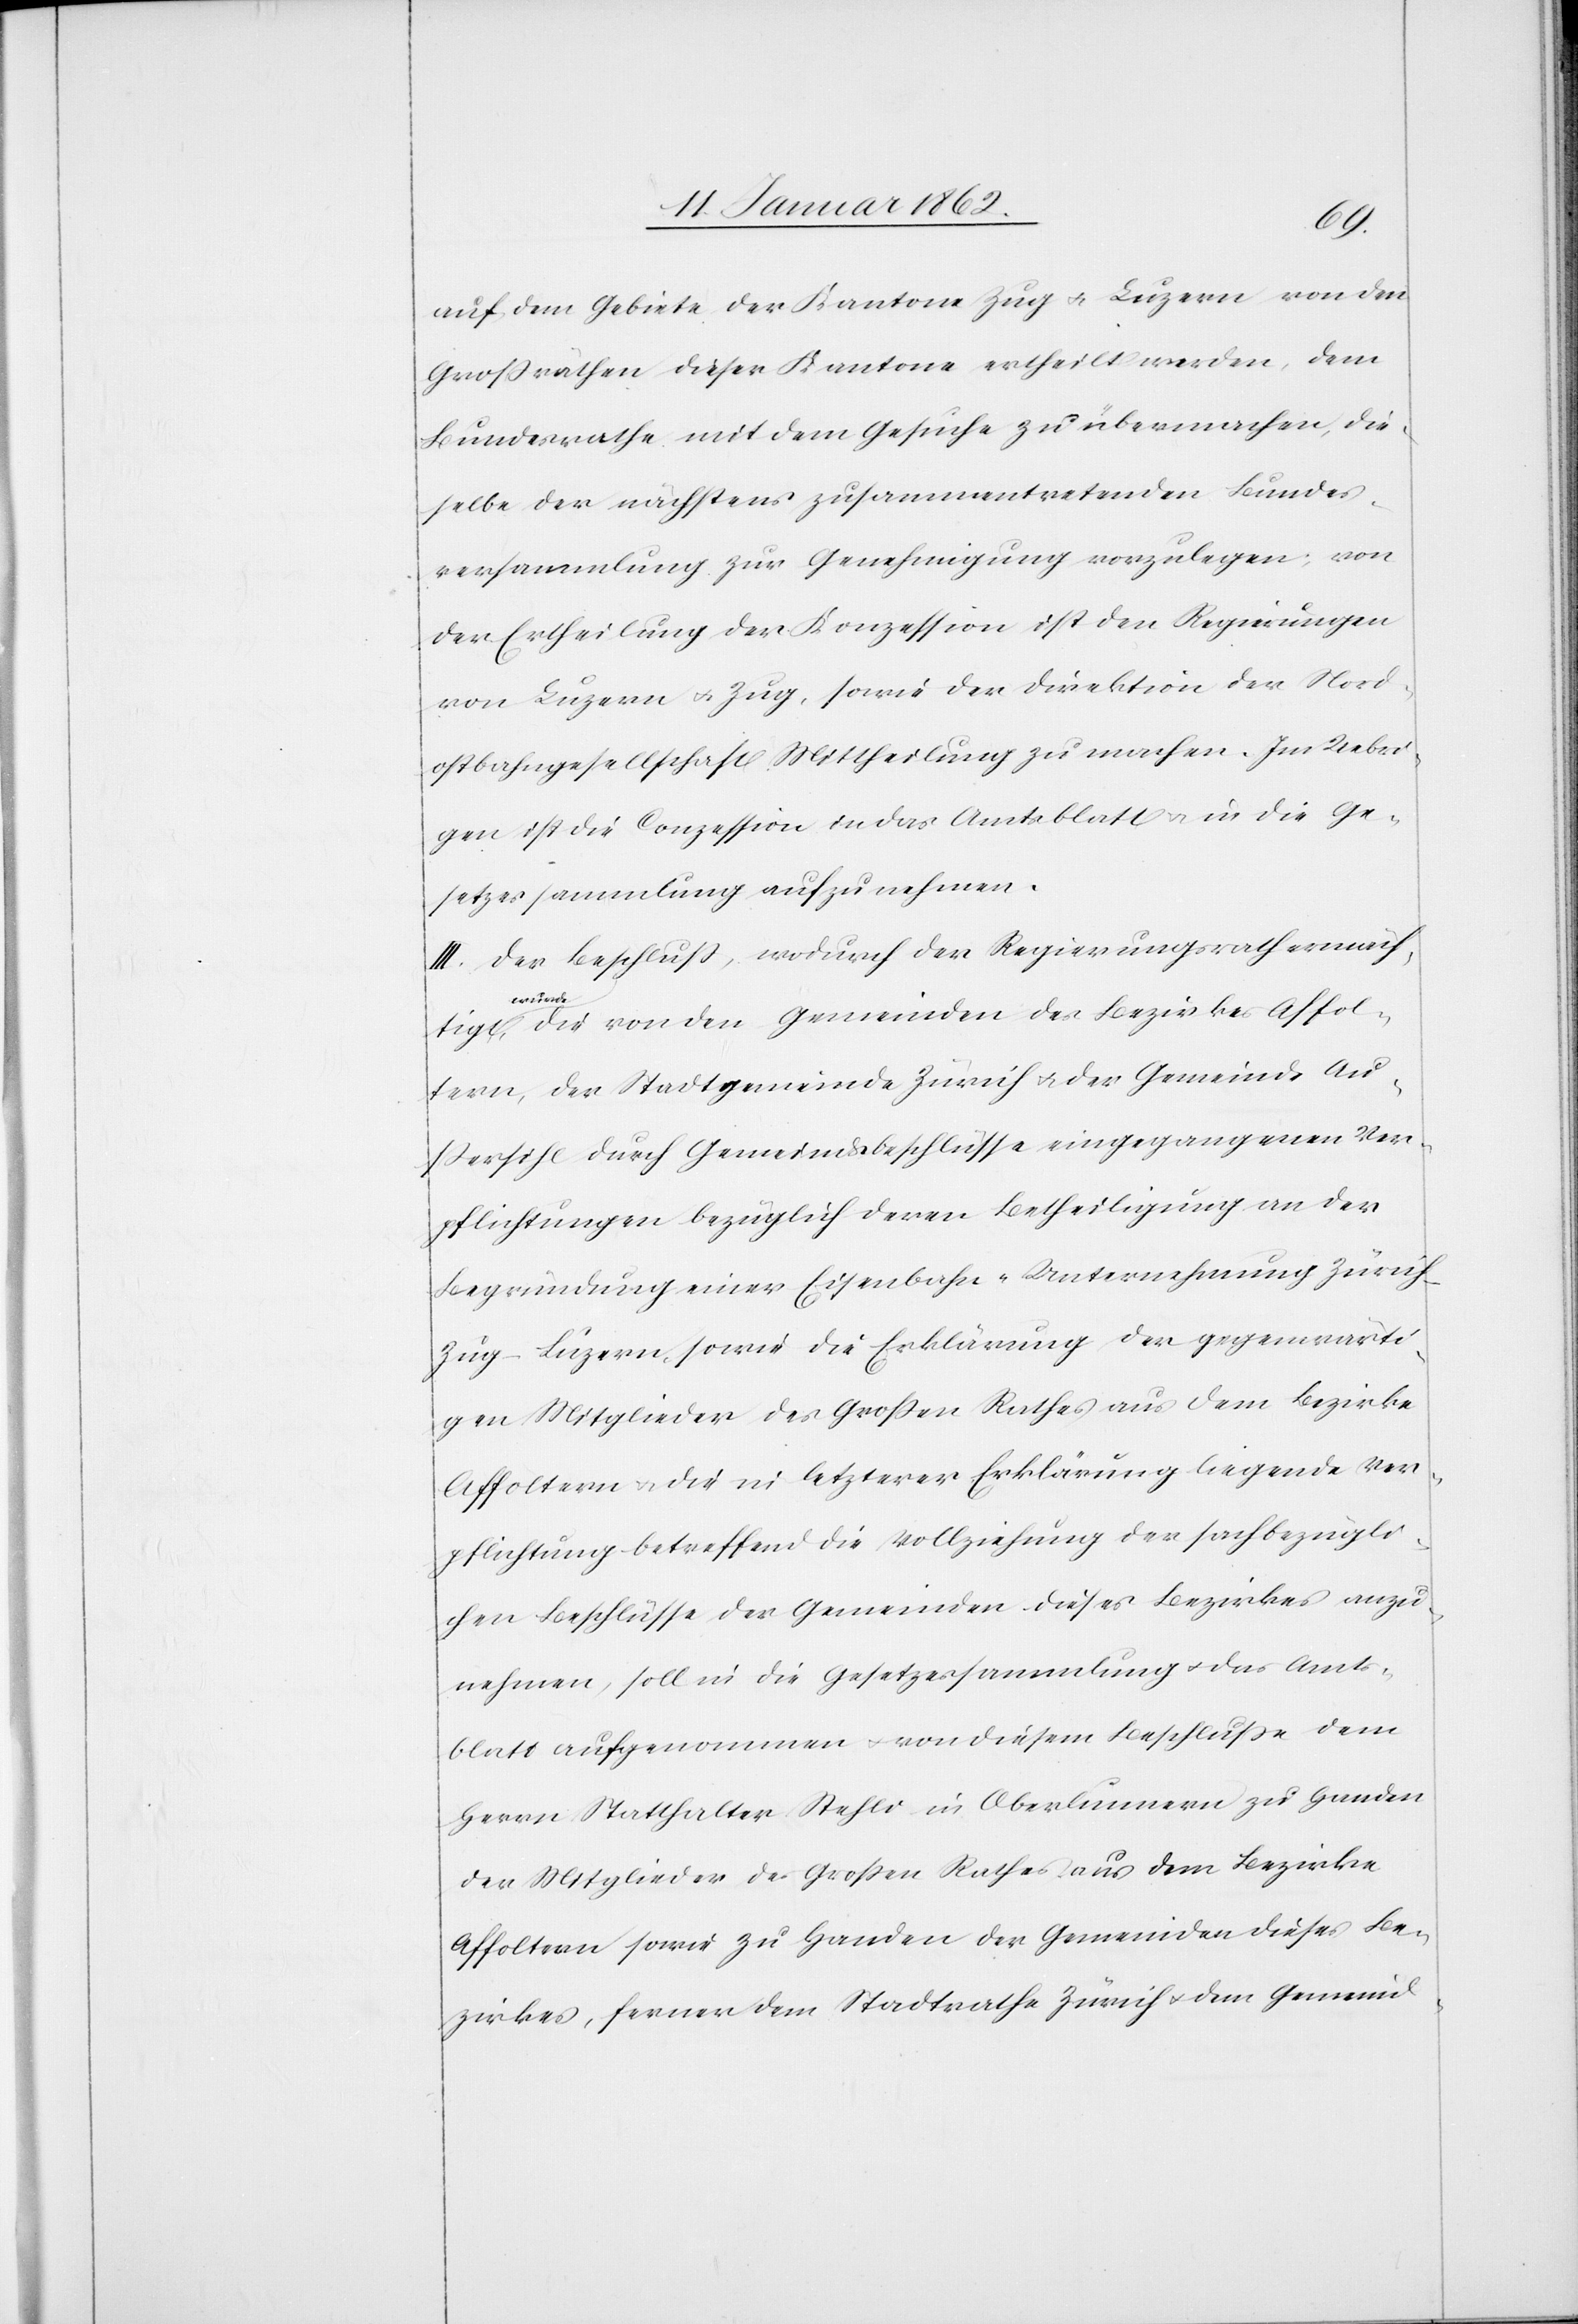
tigt
auf dem Gebiete der Kantone Zug u. Luzern von den
Großräthen dieser Kantone ertheilt werden, dem
Bundesrathe mit dem Gesuche zu übermachen, die¬
selbe der nächstens zusammentretenden Bundes¬
versammlung zur Genehmigung vorzulegen; von
der Ertheilung der Konzession ist den Regierungen
von Luzern u. Zug, sowie der Direktion der Nord¬
ostbahngesellschaft Mittheilung zu machen. Im Uebri¬
gen ist die Conzession in das Amtsblatt u. in die Ge¬
setzessammlung aufzunehmen.
III. Der Beschluß, wodurch der Regierungsrath ermäch¬
wurd¬
e, die von den Gemeinden des Bezirkes Affol¬
tern, der Stadtgemeinde Zürich u. der Gemeinde Au¬
ßersihl durch Gemeindesbeschlüsse eingegangenen Ver¬
pflichtungen bezüglich deren Betheiligung an der
Begründung einer Eisenbahn-Unternehmung Züric¬
h-Zug-Luzern, sowie die Erklärung der gegenwärti¬
gen Mitglieder des Großen Rathes aus dem Bezirke
Affoltern u. die in letzterer Erklärung liegende Ver¬
pflichtung betreffend die Vollziehung der sachbezügli¬
chen Beschlüsse der Gemeinden dieses Bezirkes anzu¬
nehmen, soll in die Gesetzessammlung u. das Amts¬
blatt aufgenommen u. von diesem Beschlusse dem
Herrn Statthalter Stehli in Oberlunnern zu Handen
der Mitglieder des Großen Rathes aus dem Bezirke
Affoltern sowie zu Handen der Gemeinden dieses Be¬
zirkes, ferner dem Stadtrathe Zürich u. dem Gemeind-